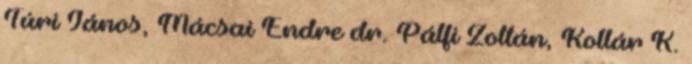
Túri János, Mácsai Endre dr. Pálfi Zoltán, Kollár K.